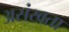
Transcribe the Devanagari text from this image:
असंखता